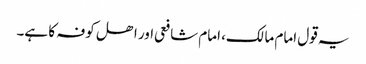
یہ قول امام مالک، امام شافعی اور اھل کوفہ کا ہے۔